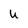
Character: U